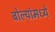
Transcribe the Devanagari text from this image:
बोल्यांमध्ये